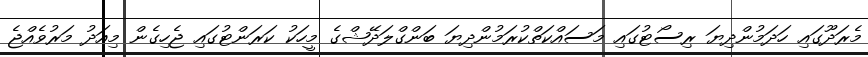
މެރަދޫގައި ހަދަމުންދިޔަ ރިސޯޓުގައި މަސައްކަތްކުރަމުންދިޔަ ބަންގްލަދޭޝްގެ މީހަކު ކަރަންޓުގައި ޖެހިގެން މިއަދު މަރުވެއްޖެ